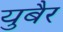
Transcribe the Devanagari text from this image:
युबैर